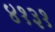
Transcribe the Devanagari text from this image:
४१३१